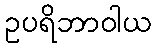
ဥပရိဘာဝါယ